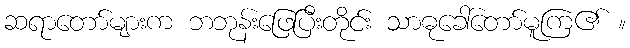
ဆရာတော်များက ဘဘုန်းဖြေပြီးတိုင်း သာဓုခေါ်တော်မူကြ၏ ။